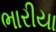
ભારીયા